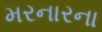
મરનારના